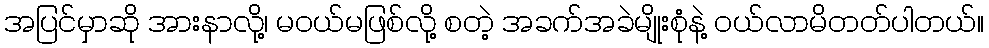
အပြင်မှာဆို အားနာလို့၊ မဝယ်မဖြစ်လို့ စတဲ့ အခက်အခဲမျိုးစုံနဲ့ ဝယ်လာမိတတ်ပါတယ်။